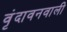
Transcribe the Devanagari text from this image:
वृंदावनवाली